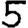
Digit: 5